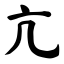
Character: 亢